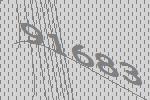
91683